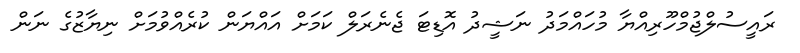
ރައީސުލްޖުމްހޫރިއްޔާ މުހައްމަދު ނަޝީދު އޮޑިޓަ ޖެނެރަލް ކަމަށް އައްޔަން ކުރެއްވުމަށް ނިޔާޒުގެ ނަން